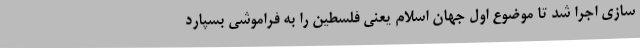
سازی اجرا شد تا موضوع اول جهان اسلام یعنی فلسطین را به فراموشی بسپارد